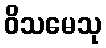
ဝိသမေသု